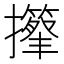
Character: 𢸽